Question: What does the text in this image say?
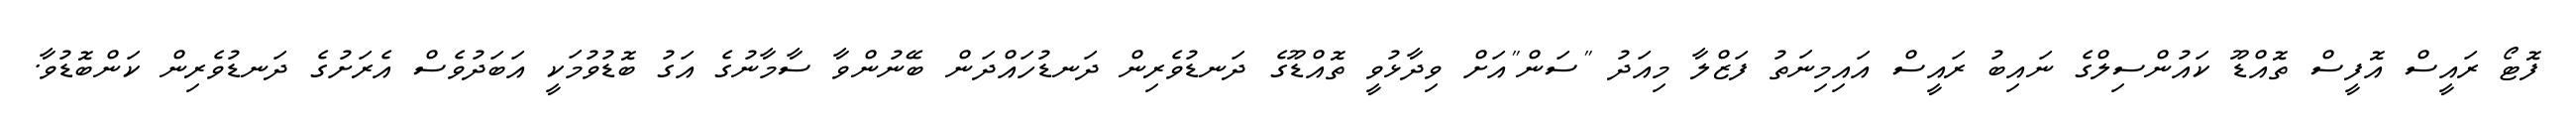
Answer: ފޮޓޯ ރައީސް އޮފީސް ތޮއްޑޫ ކައުންސިލްގެ ނައިބު ރައީސް އައިމިނަތު ފަޒްލާ މިއަދު "ސަން"އަށް ވިދާޅުވީ ތޮއްޑޫގެ ދަނޑުވެރިން ދަނޑުހައްދަން ބޭނުންވާ ސާމާނުގެ އަގު ބޮޑުވުމަކީ އަބަދުވެސް އެރަށުގެ ދަނޑުވެރިން ކަންބޮޑުވާ.